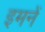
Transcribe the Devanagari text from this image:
इमनें